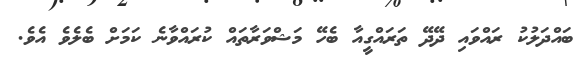
ބައްދަލުކު ރައްވައި ދޭދޭ ތަރައްގީއާ ބެހޭ މަޝްވަރާތައް ކުރައްވާނެ ކަމަށް ބެލެވެ އެވެ.